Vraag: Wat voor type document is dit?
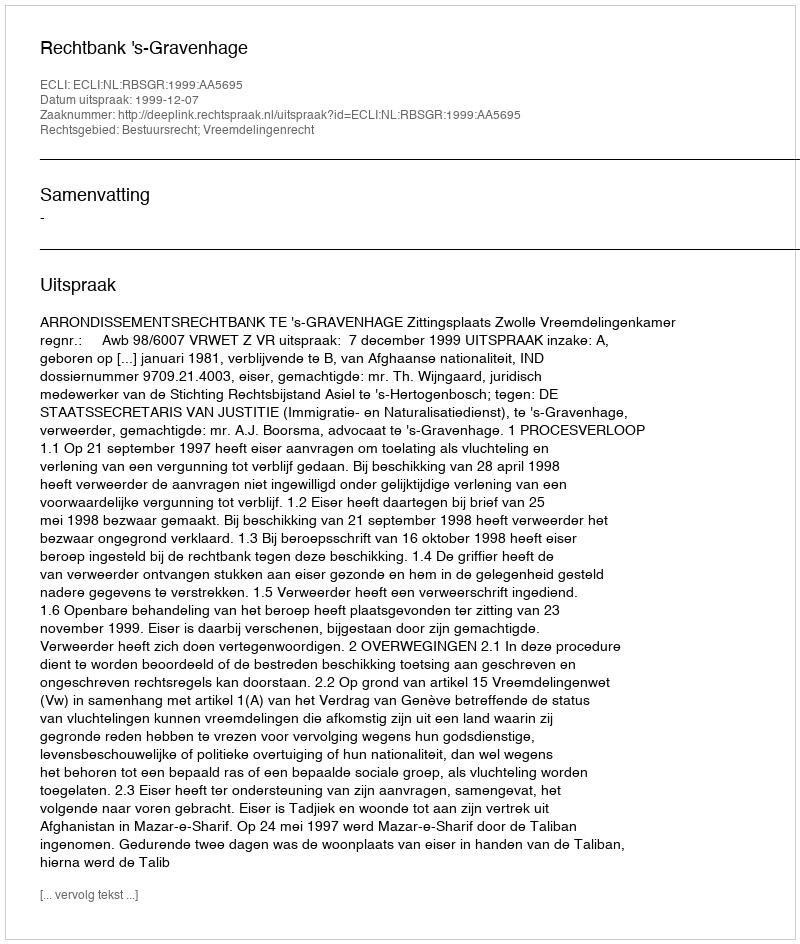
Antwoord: Uitspraak